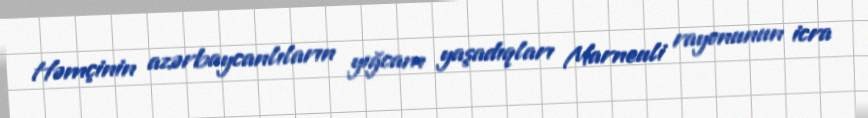
Həmçinin azərbaycanlıların yığcam yaşadıqları Marneuli rayonunun icra